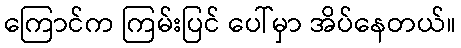
ကြောင်က ကြမ်းပြင် ပေါ်မှာ အိပ်နေတယ်။